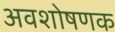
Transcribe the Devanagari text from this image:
अवशोषणक